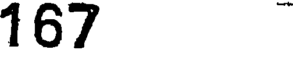
167